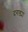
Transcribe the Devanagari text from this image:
दगड्या